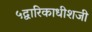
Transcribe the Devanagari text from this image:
५द्वारिकाधीशजी